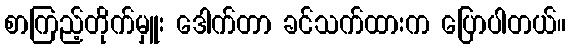
စာကြည့်တိုက်မှူး ဒေါက်တာ ခင်သက်ထားက ပြောပါတယ်။